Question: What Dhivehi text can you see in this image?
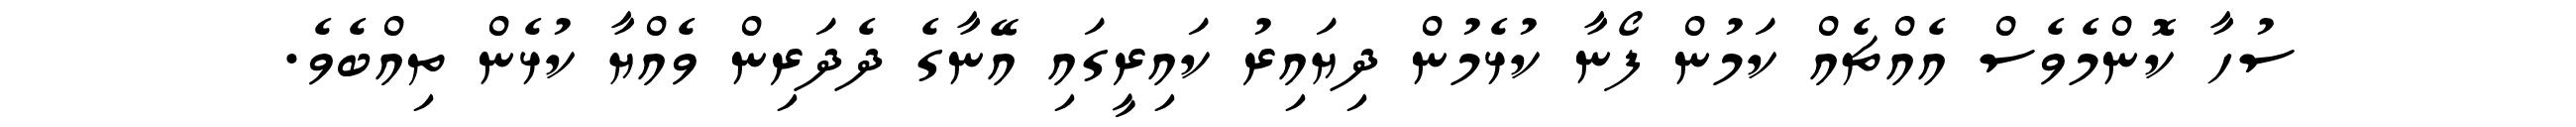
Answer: ސުހާ ކޮންމެވެސް އެއްޗެއް ކަމުން ފޯނާ ކުޅެމުން ދިޔައިރު ކައިރީގައި އޭނާގެ ދެދަރިން ވެއްޔާ ކުޅެން ތިއްބެވެ.